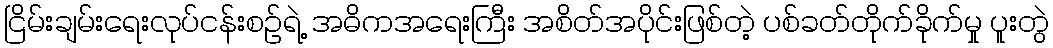
ငြိမ်းချမ်းရေးလုပ်ငန်းစဉ်ရဲ့ အဓိကအရေးကြီး အစိတ်အပိုင်းဖြစ်တဲ့ ပစ်ခတ်တိုက်ခိုက်မှု ပူးတွဲ